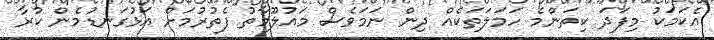
އެކަމަކު މިފަދަ ކިތަންމެ ހަމަލަތަކެއް ދިން ނަމަވެސް މައުލޫމާތު ފެތުރުމަށް އަޅުގަނޑުމެން ކުރާ